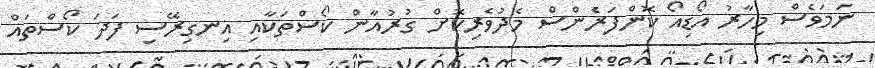
ނަމަވެސް މިހާރު އޯޑިއޯ ކޮންފަރެންސް މެދުވެރިކޮށް ގުރުއާން ކޯސްތަކާއި އިނގިރޭސި ފަދަ ކޯސްތައް